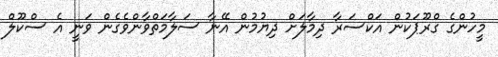
މީހުންގެ ގްރޫޕަކުން އަކްސަރާ ދިމާލަށް ދިޔުމުން އޭނާ ސަލާމަތްވާންވެގެން ވަނީ އެ ސްކޫލް